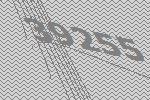
39255